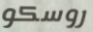
روسكو